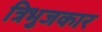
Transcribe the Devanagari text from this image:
त्रिभुजकार